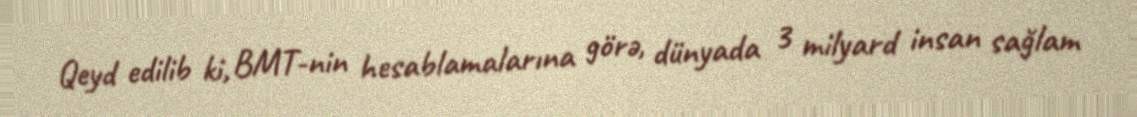
Qeyd edilib ki, BMT-nin hesablamalarına görə, dünyada 3 milyard insan sağlam